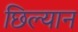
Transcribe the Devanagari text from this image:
छिल्यान